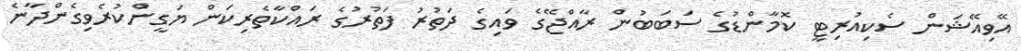
އޭވިއޭޝަން ސެކިއުރިޓީ ކޮމާންޑުގެ ސަބަބުން ރާއްޖޭގެ ވައިގެ ދަތުރު ފަތުރުގެ ރައްކާތެރިކަން ޔަގީންކުރެވިގެންދާނެ